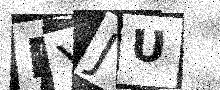
Text: RYJU